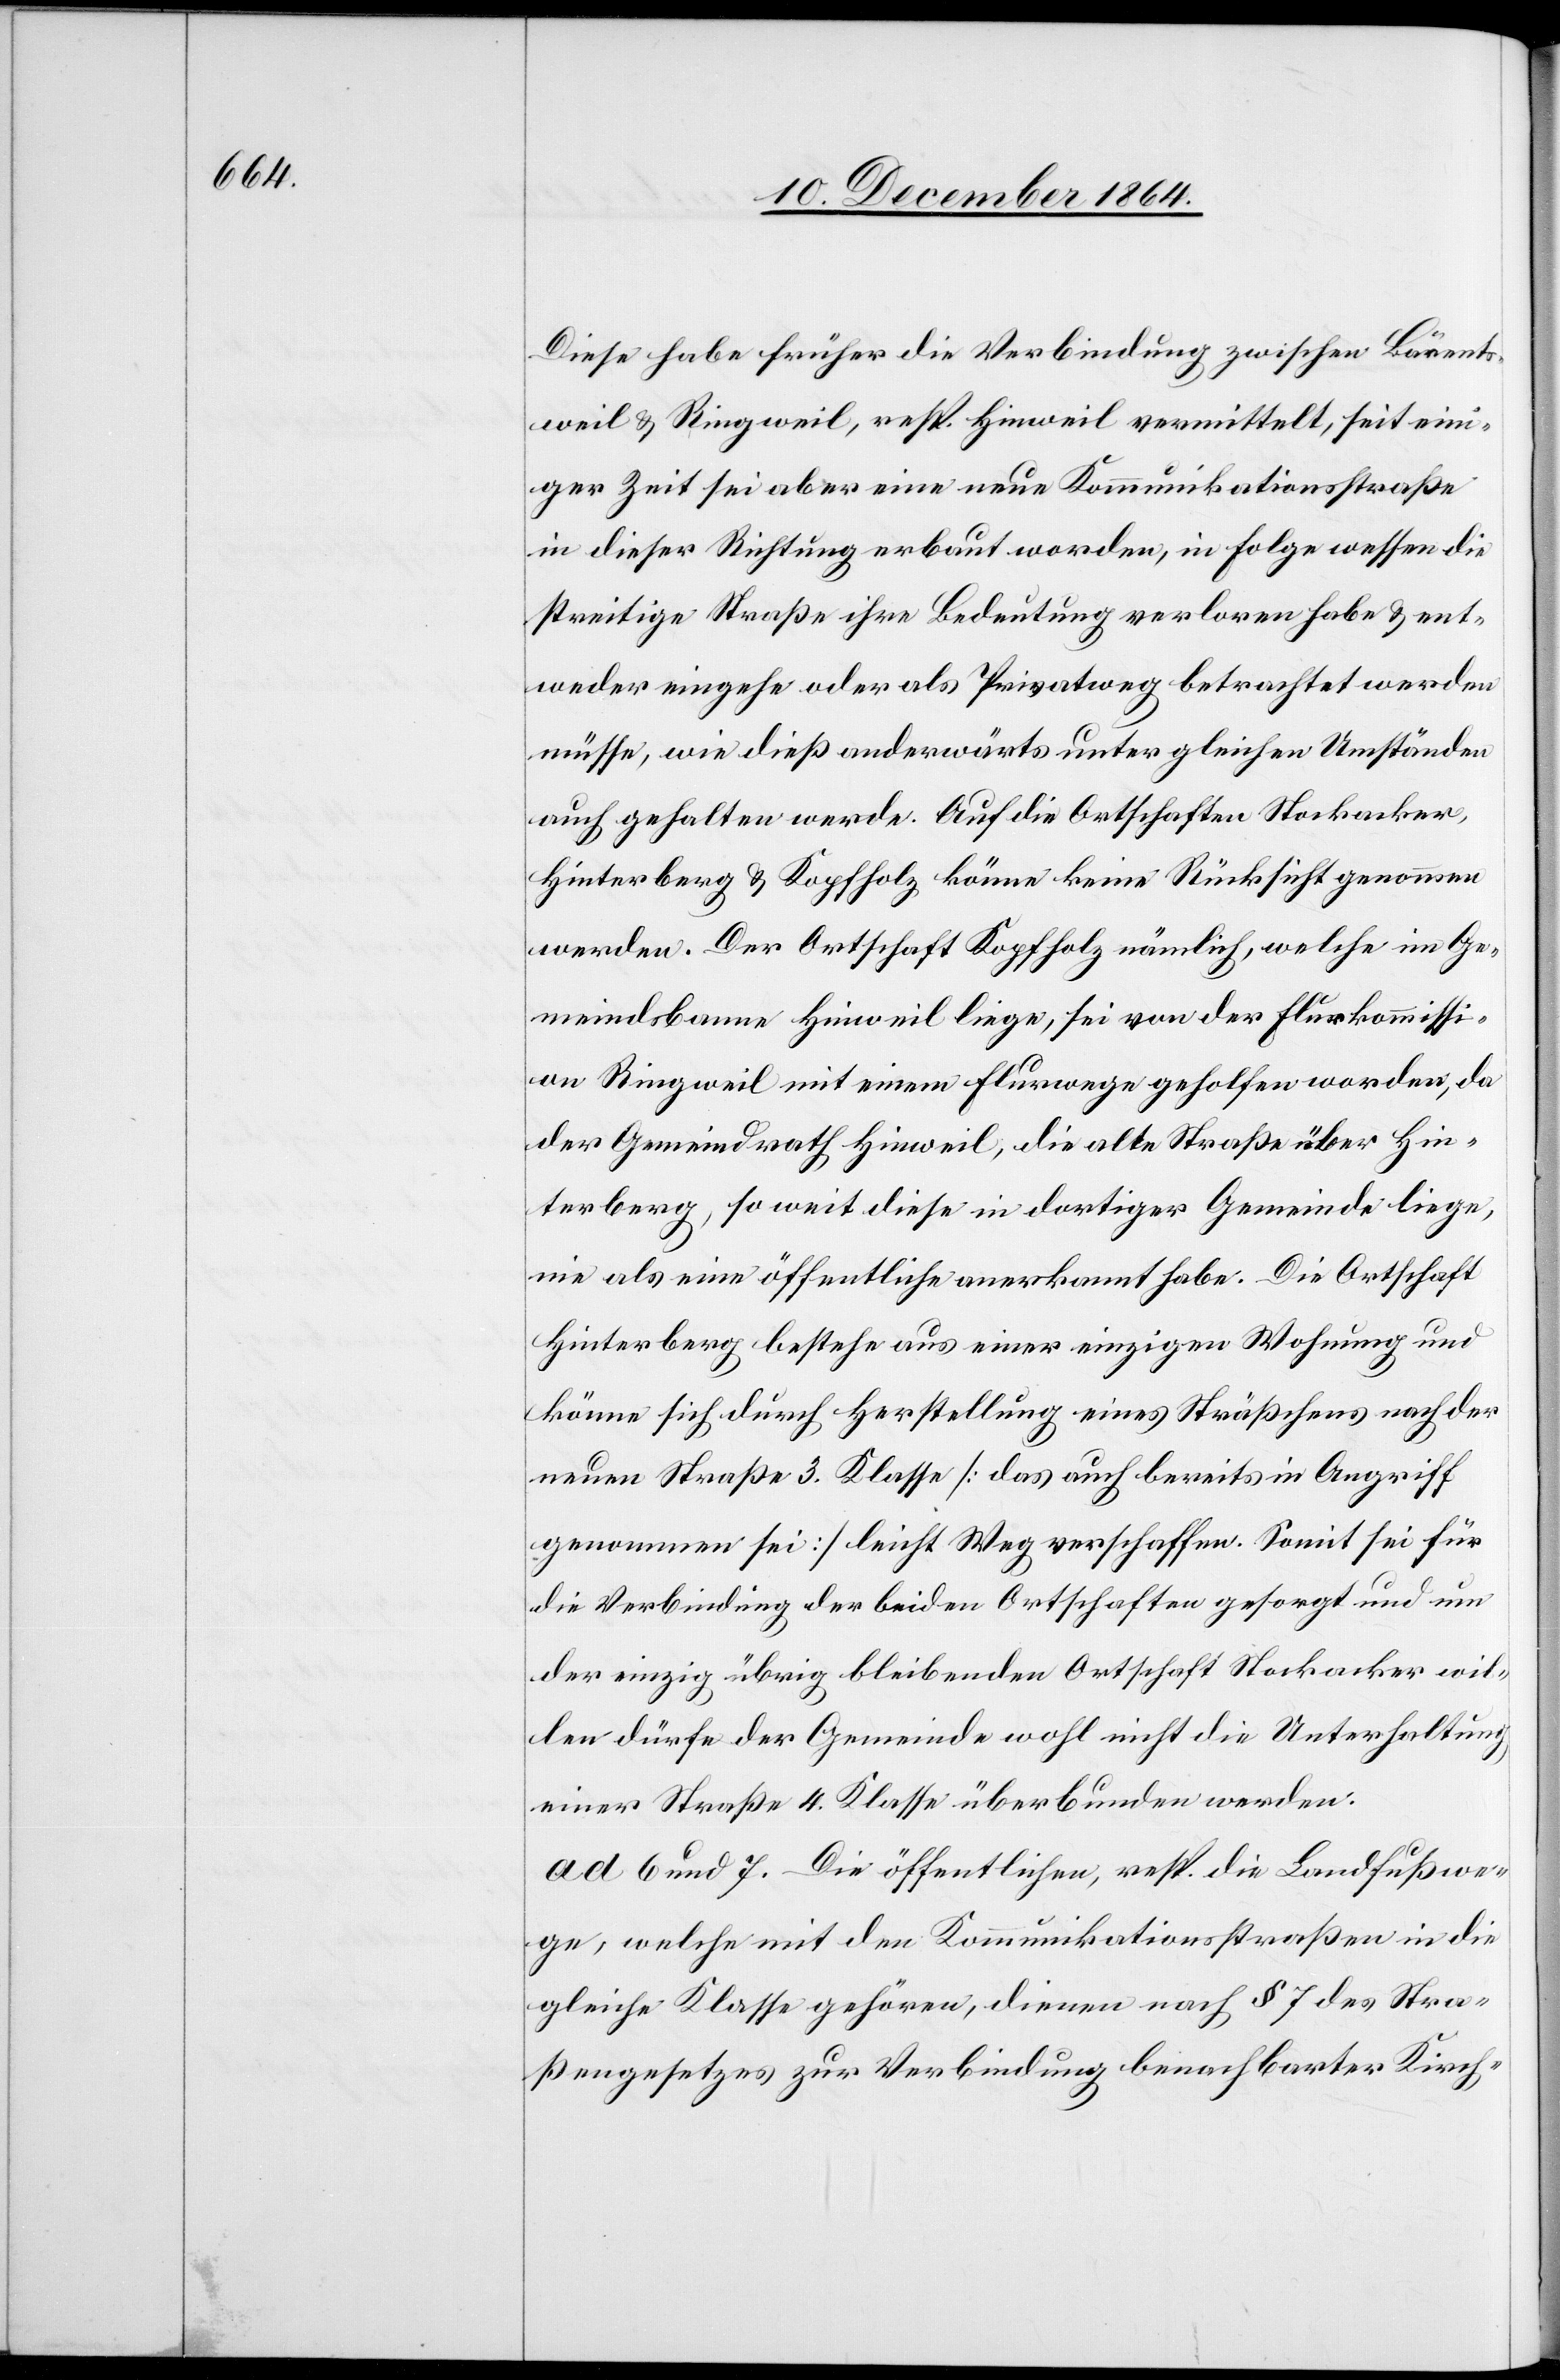
Diese habe früher die Verbindung zwischen Bärents¬
weil & Ringweil, resp. Hinweil vermittelt, seit ein¬
iger Zeit sei aber eine neue Kommunikationsstraße
in dieser Richtung erbaut worden, in Folge wessen die
streitige Straße ihre Bedeutung verloren habe & ent¬
weder eingehe oder als Privatweg betrachtet werden
müsse, wie dieß anderwärts unter gleichen Umständen
auch gehalten werde. Auf die Ortschaften Stockacker,
Hinterberg & Kopfholz könne keine Rücksicht genommen
werden. Der Ortschaft Kopfholz nämlich, welche im Ge¬
meindsbanne Hinweil liege, sei von der Flurkommissi¬
on Ringweil mit einem Flurwege geholfen worden, da
der Gemeindrath Hinweil, die alte Straße über Hin¬
terberg, so weit diese in dortiger Gemeinde liege,
nie als eine öffentliche anerkannt habe. Die Ortschaft
Hinterberg bestehe aus einer einzigen Wohnung und
könne sich durch Herstellung eines Sträßchens nach der
neuen Straße 3. Klasse [das auch bereits in Angriff
genommen sei] leicht Weg verschaffen. Somit sei für
die Verbindung der beiden Ortschaften gesorgt und um
der einzig übrig bleibenden Ortschaft Stockacker wil¬
len dürfe der Gemeinde wohl nicht die Unterhaltung
einer Straße 4. Klasse überbunden werden.
ad. 6 und 7. Die öffentlichen, resp. die Landfußwe¬
ge, welche mit den Kommunikationsstraßen in die
gleiche Klasse gehören, dienen nach § 7 des Stra¬
ßengesetzes zur Verbindung benachbarter Kirch-